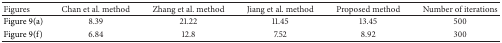
<table><thead><tr><td><b>Figures </b></td><td><b>Chan et al. method</b></td><td><b>Zhang et al. method</b></td><td><b>Jiang et al. method</b></td><td><b>Proposed method</b></td><td><b>Number of iterations</b></td></tr></thead><tbody><tr><td>Figure 9(a)</td><td>8.39</td><td>21.22</td><td>11.45</td><td>13.45</td><td>500</td></tr><tr><td>Figure 9(f)</td><td>6.84</td><td>12.8</td><td>7.52</td><td>8.92</td><td>300</td></tr></tbody></table>